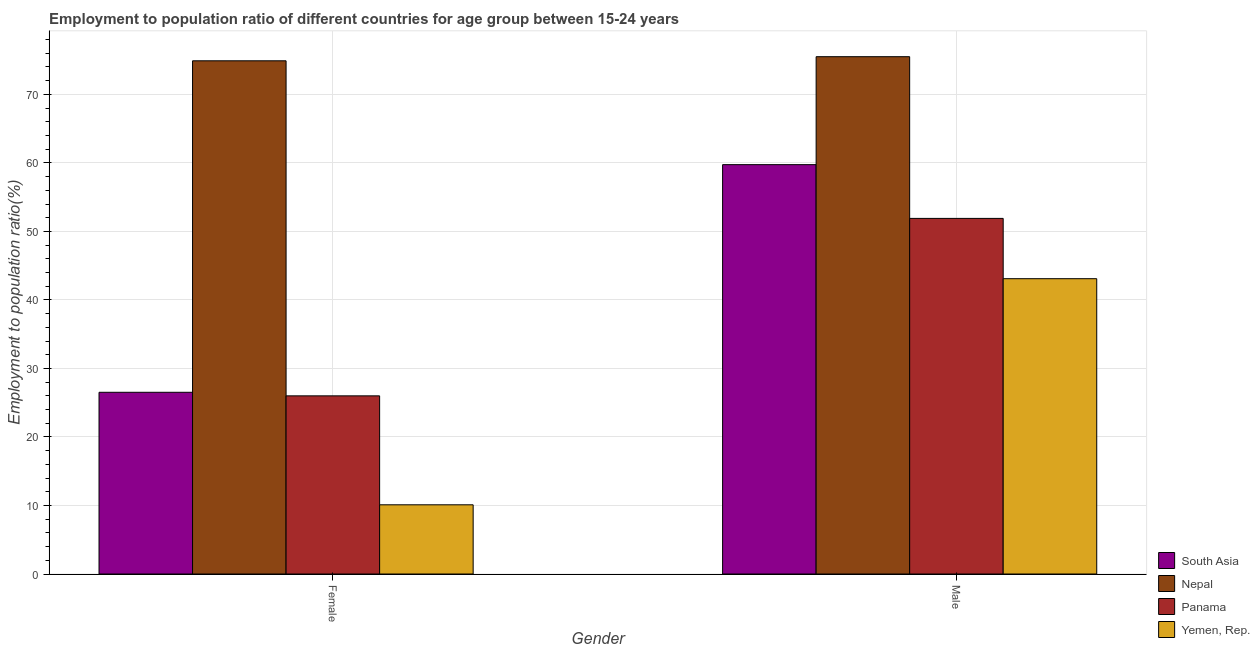
| Gender | South Asia | Nepal | Panama | Yemen, Rep. |
 | --- | --- | --- | --- | --- |
 | Female | 26.5 | 74.9 | 26 | 10.1 |
 | Male | 59.7 | 75.5 | 51.9 | 43.1 |